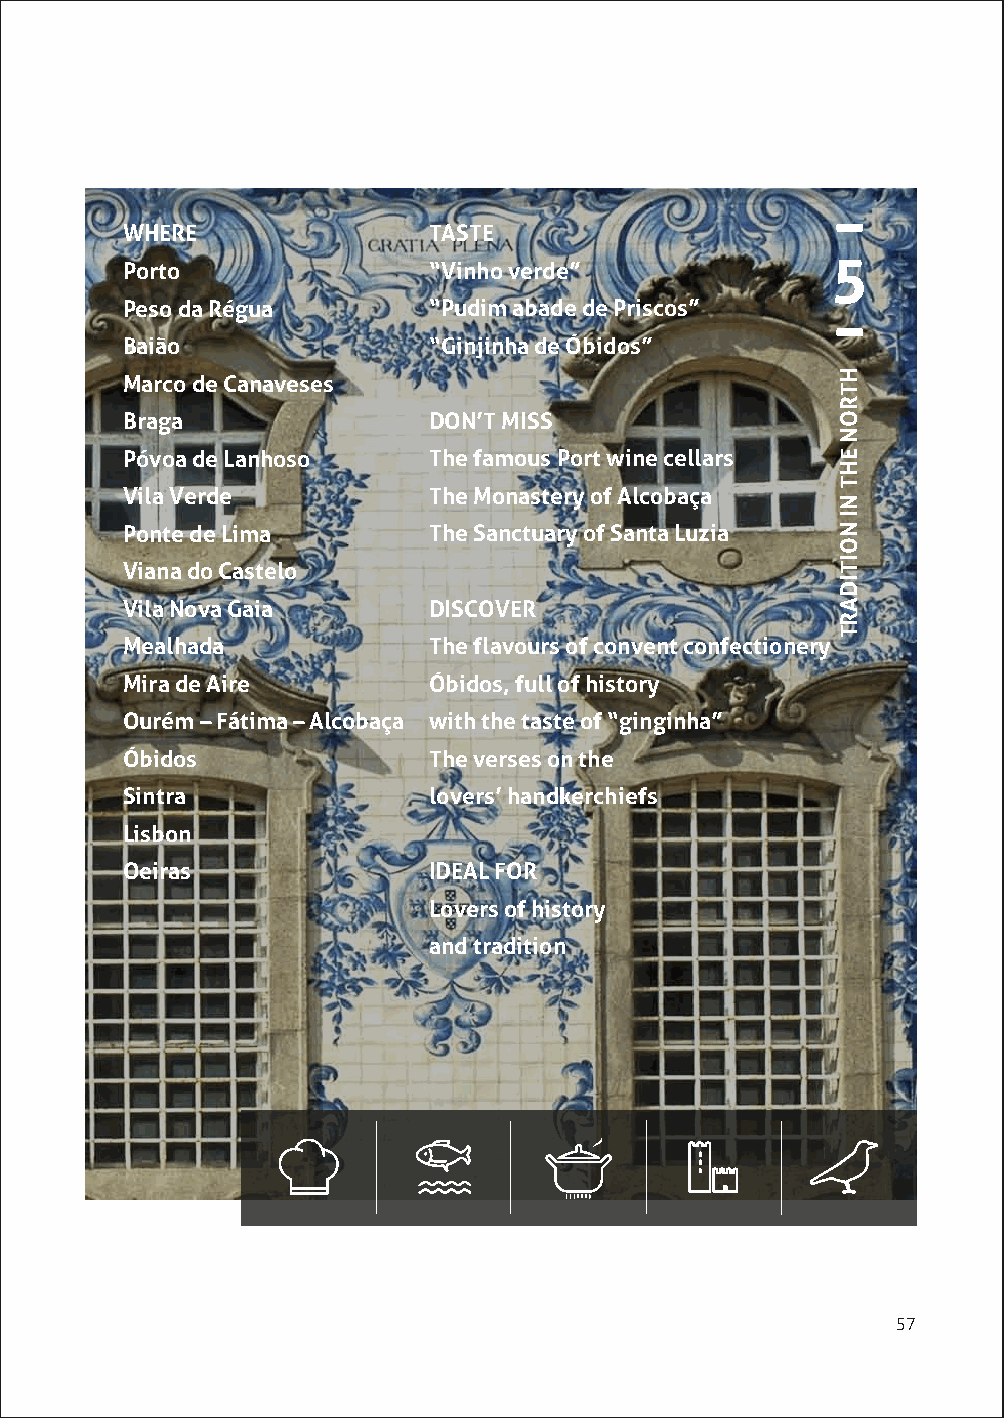
WHERE               TASTE
 5
 Porto               “Vinho verde”
 Peso da Régua       “Pudim abade de Priscos”
 Baião               “Ginjinha de Óbidos”
 Marco de Canaveses
 Braga               DON’T MISS
 Póvoa de Lanhoso    The famous Port wine cellars
 Vila Verde          The Monastery of Alcobaça
 Ponte de Lima       The Sanctuary of Santa Luzia
 Viana do Castelo
 Vila Nova Gaia      DISCOVER
 Mealhada            The flavours of convent confectionery
 Mira de Aire        Óbidos, full of history
 Ourém – Fátima – Alcobaça with the taste of “ginginha”
 Óbidos              The verses on the
 Sintra              lovers’ handkerchiefs
 Lisbon
 Oeiras              IDEAL FOR
 Lovers of history
 and tradition
 57
 HTRON
 EHT
 NI
 NOITIDART